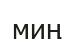
миң